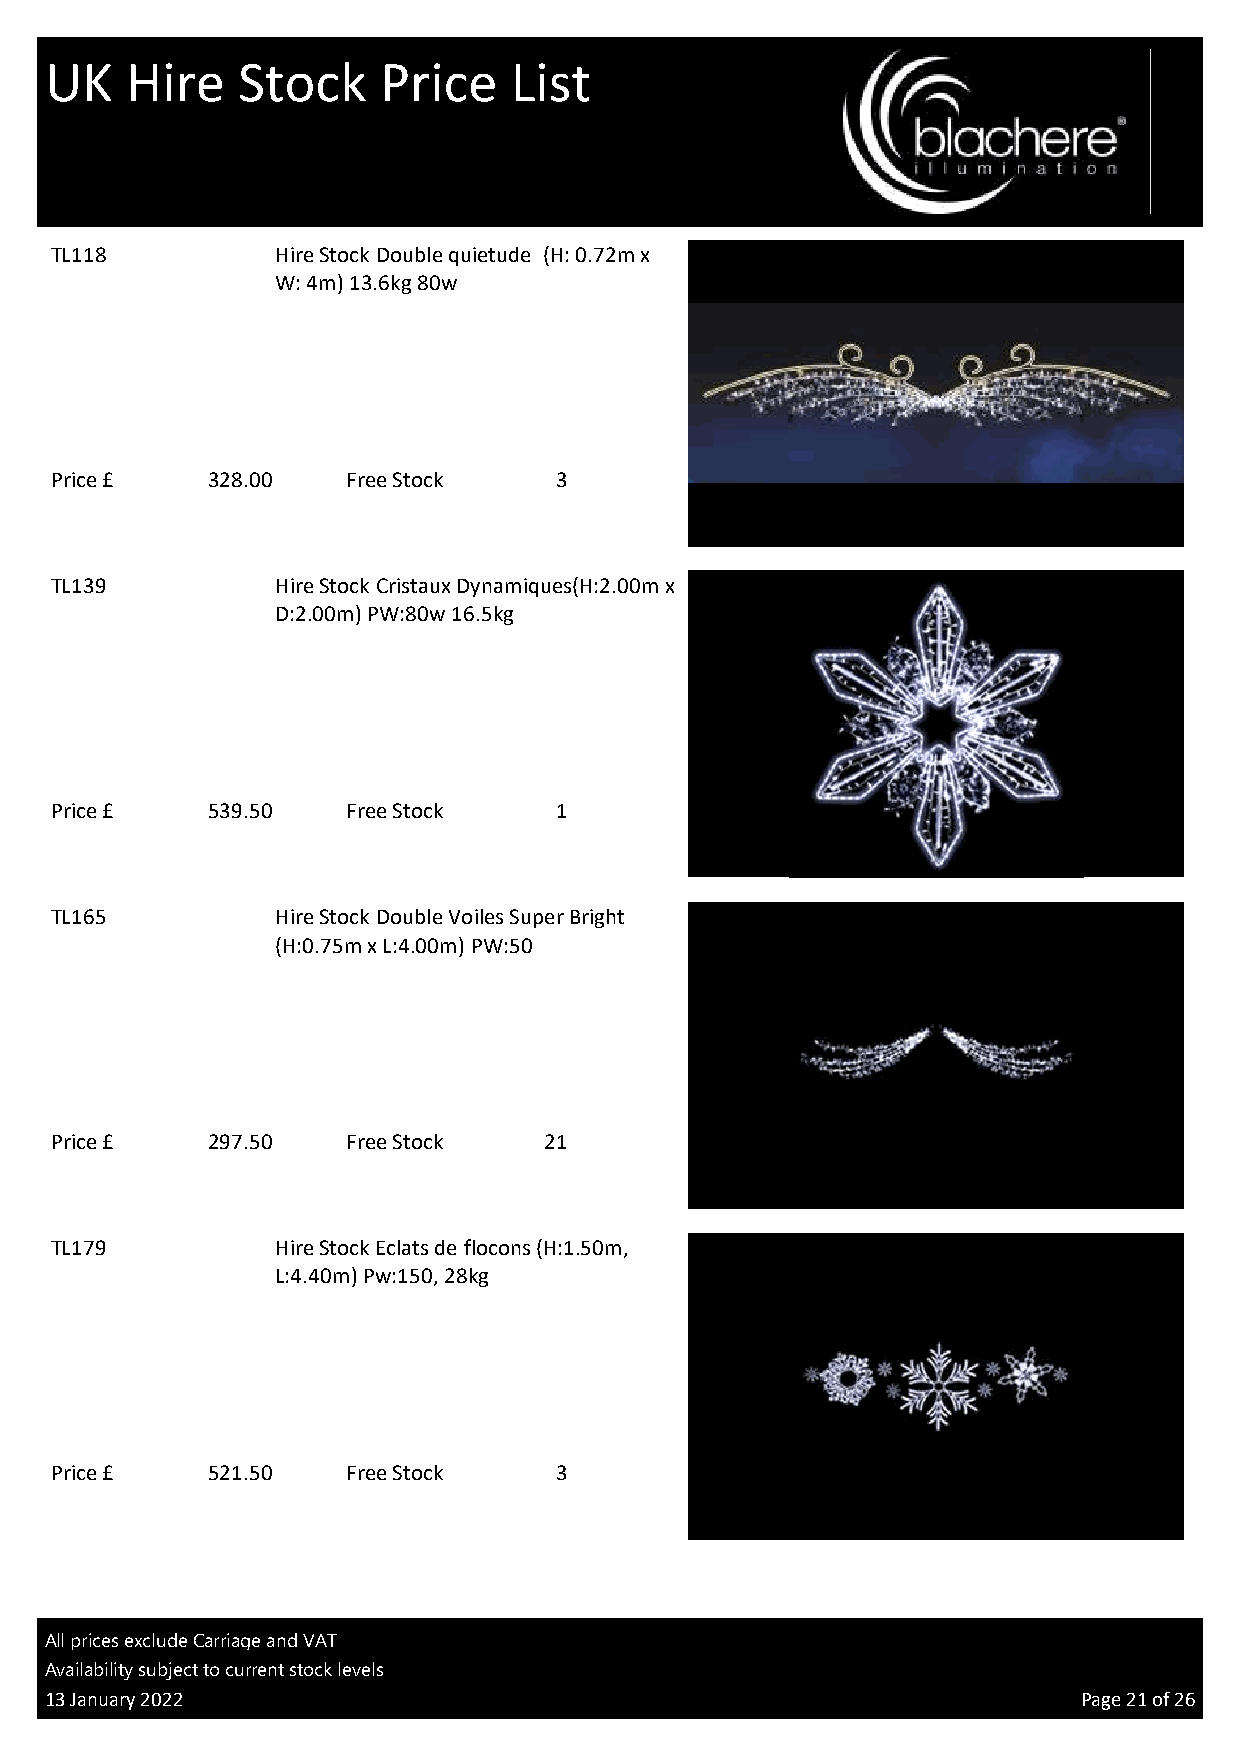
UK   Hire    Stock    Price    List
 TL118          Hire Stock Double quietude (H: 0.72m x
 W: 4m) 13.6kg 80w
 Price £    328.00   Free Stock    3
 TV
 TL139          Hire Stock Cristaux Dynamiques(H:2.00m x
 D:2.00m) PW:80w 16.5kg
 Price £    539.50   Free Stock    1
 TV
 TL165          Hire Stock Double Voiles Super Bright
 (H:0.75m x L:4.00m) PW:50
 Price £    297.50   Free Stock   21
 TV
 TL179          Hire Stock Eclats de flocons (H:1.50m,
 L:4.40m) Pw:150, 28kg
 Price £    521.50   Free Stock    3
 TV
 All prices exclude Carriage and VAT
 Availability subject to current stock levels
 13 January 2022                                                      Page 21 of 26